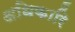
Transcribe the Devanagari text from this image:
अधिकारि